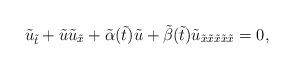
LaTeX: \begin{align*}\tilde u_{\tilde t}+\tilde u\tilde u_{\tilde x}+\tilde \alpha(\tilde t) \tilde u+\tilde \beta(\tilde t) \tilde u_{\tilde x\tilde x\tilde x\tilde x\tilde x}=0,\end{align*}